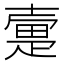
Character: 㚄